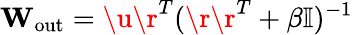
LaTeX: \mathbf{W_{\mathrm{out}}}=\u\r^{T}(\r\r^{T}+\beta\mathbb{I})^{-1}